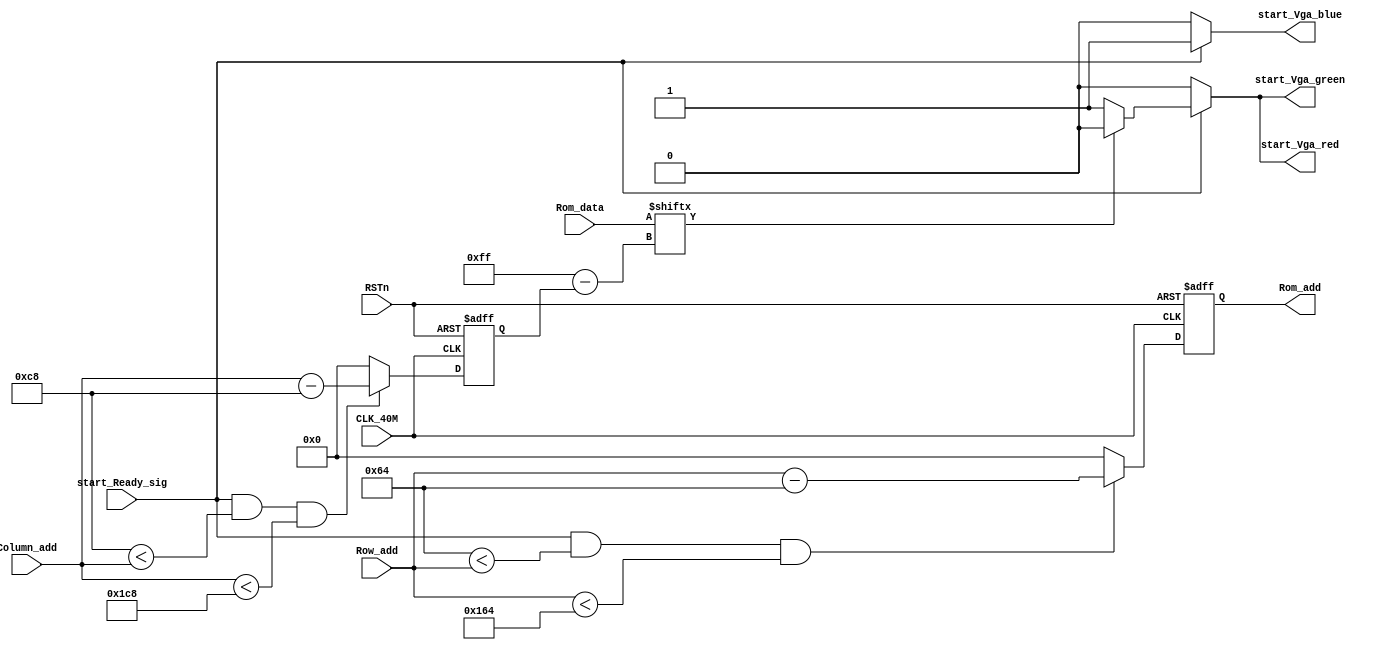
module start_Vga_control		//VGA
(
	input CLK_40M,
	input RSTn,
	input start_Ready_sig,
	input [10:0] Row_add,
	input [10:0] Column_add,
	input [255:0] Rom_data,
	output [10:0] Rom_add,
	output start_Vga_red,
	output start_Vga_green,
	output start_Vga_blue
);
	reg [10:0] m;
	reg [10:0] n;
	always @ (posedge CLK_40M or negedge RSTn)
	begin
		if(!RSTn)
			begin
				m <= 11'd 0;
				n <= 11'd 0;
			end
		else
			begin//
				n <= (start_Ready_sig && ((11'd0 + 11'd200) < Column_add ) && (Column_add < (11'd 256 + 11'd200)))?		(Column_add [10:0] - 11'd200	)	:	11'd 0;
				m <= (start_Ready_sig && ((11'd0 + 11'd100) < Row_add ) && (Row_add < (11'd 256 + 11'd100)))?				(Row_add [10:0] - 11'd100		)	:	11'd 0;		
			end	
	end
	
	assign Rom_add = m;
	assign start_Vga_red = (start_Ready_sig)?			(		(Rom_data [11'd 255 - n])?		1'b0	:		1'b1		)				:	1'd 0;
	assign start_Vga_green = (start_Ready_sig)?		(		(Rom_data [11'd 255 - n])?		1'b0	:		1'b1		)				:	1'd 0;

	assign start_Vga_blue = (start_Ready_sig)?	(	(Rom_data [11'd 255 - n])?		1'b1		:		1'b1		):	1'b0;
	//****************************!!!!!!!!!!!!!!!!!!!!!!!!!!!!!!!!!!!!!!!!
	
		
endmodule